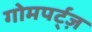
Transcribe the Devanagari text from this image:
गोमपर्ट्ज़